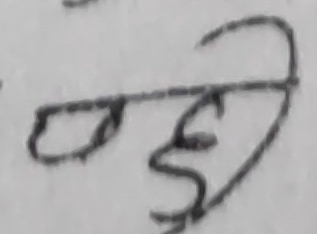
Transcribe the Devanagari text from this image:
देही